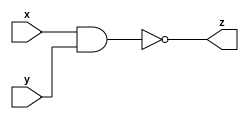
module nand_m(output z, input x, input y);
    assign
        z = ~(x&y);
endmodule